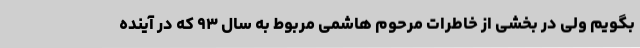
بگویم ولی در بخشی از خاطرات مرحوم هاشمی مربوط به سال ۹۳ که در آینده